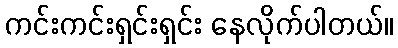
ကင်းကင်းရှင်းရှင်း နေလိုက်ပါတယ်။